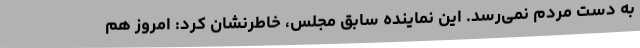
به دست مردم نمی‌رسد. این نماینده سابق مجلس، خاطرنشان کرد: امروز هم